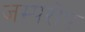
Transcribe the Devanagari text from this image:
जम्परोप